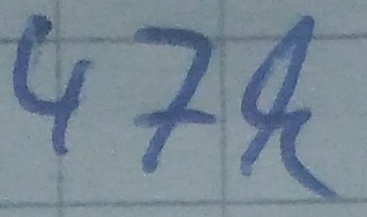
Text: 47k